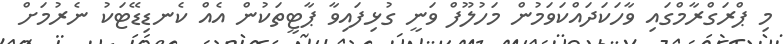
މި ޕްރަގްރާމްގައި ވާހަކަދައްކަވަމުން މަހުލޫފް ވަނީ ގުޅިފައިވާ ޕާޓީތަކުން އެއް ކެނޑިޑޭޓަކު ނެރުމަށް